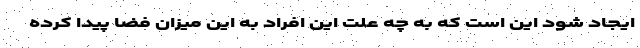
ایجاد شود این است که به چه علت این افراد به این میزان فضا پیدا کرده